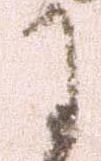
于